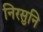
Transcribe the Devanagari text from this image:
निरसुनि